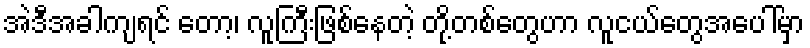
အဲဒီအခါကျရင် တော့၊ လူကြီးဖြစ်နေတဲ့ တို့တစ်တွေဟာ လူငယ်တွေအပေါ်မှာ